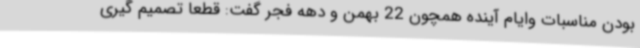
بودن مناسبات وایام آینده همچون 22 بهمن و دهه فجر گفت: قطعا تصمیم گیری